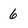
Character: 6